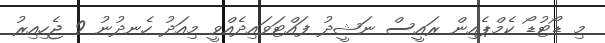
މި ޑޯޓުޑޯ ކެމްޕެއިން ރައީސް ނަޝީދު ފައްޓަވައިދެއްވީ މިއަދު ހެނދުނު 9 ޖެހިއިރު